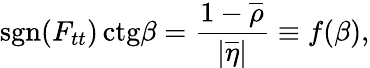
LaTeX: \mathrm{sgn}(F_{tt})\, \mathrm{ctg}\beta=\frac{1-\overline{{{\rho}}}}{|\overline{{{\eta}}}|}\equiv f(\beta),